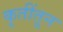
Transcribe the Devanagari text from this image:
कृतींतून